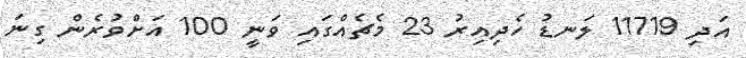
އަދި 11719 ލަނޑު ހެދިއިރު 23 މެޗެއްގައި ވަނީ 100 އަށްވުރެން ގިނަ